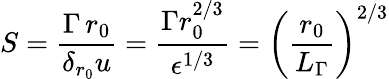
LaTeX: S=\frac{\Gamma\, r_{0}}{\delta_{r_{0}}u}=\frac{\Gamma r_{0}^{2/3}}{\epsilon^{1/3}}=\left(\frac{r_{0}}{L_{\Gamma}}\right)^{2/3}